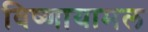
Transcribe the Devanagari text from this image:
विष्णायामल